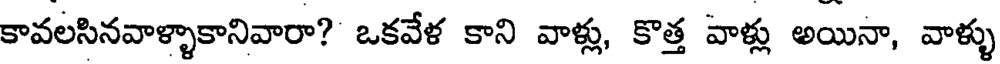
కావలసినవాళ్ళాకానివారా? ఒకవేళ కాని వాళ్లు, కొత్త వాళ్లు అయినా, వాళ్ళు